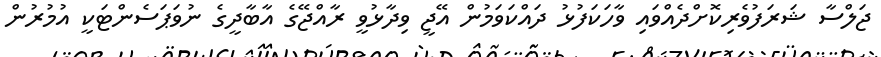
ޖަލްސާ ޝަރަފުވެރިކޮށްދެއްވައި ވާހަކަފުޅު ދައްކަވަމުން އޭޖީ ވިދާޅުވީ ރާއްޖޭގެ އާބާދީގެ ނުވަޕަސެންޓަކީ އުމުރުން